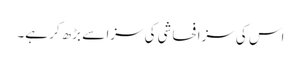
اس کی سزا فحاشی کی سزا سے بڑھ کر ہے۔